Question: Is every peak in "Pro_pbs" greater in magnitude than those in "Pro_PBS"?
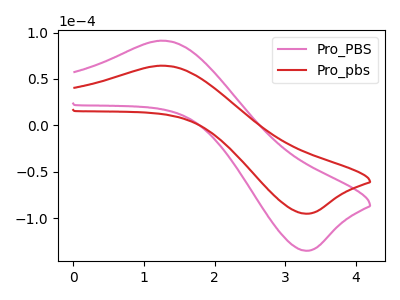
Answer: <think>The pink curve "Pro_PBS" has an anodic peak at (1.25V, 91.20uA) and a cathodic peak at (3.25V, -135.15uA). The red curve "Pro_pbs" has an anodic peak at (1.25V, 64.25uA) and a cathodic peak at (3.25V, -95.25uA).</think>
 <answer>Every peak in "Pro_pbs" is lower than every peak in "Pro_PBS".</answer>
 <eval>lower</eval>